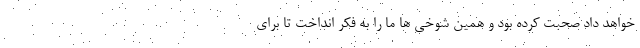
خواهد داد صحبت کرده بود و همین شوخی ها ما را به فکر انداخت تا برای